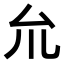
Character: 𠫝